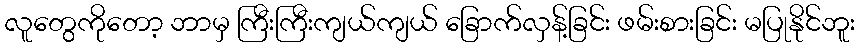
လူတွေကိုတော့ ဘာမှ ကြီးကြီးကျယ်ကျယ် ခြောက်လှန့်ခြင်း ဖမ်းစားခြင်း မပြုနိုင်ဘူး